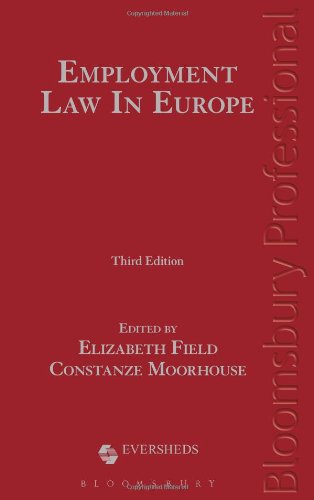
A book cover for Employment Law in Europe: Third Edition; Eversheds LLP; Law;